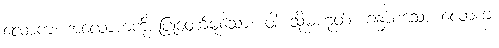
လောက၊ အလောကကို ပြုတော်မူသော။ ဝါ၊ သို့မဟုတ်။ ခန္ဓာစသော လောက၊